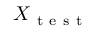
X _ { \mathrm { ~ t ~ e ~ s ~ t ~ } }